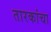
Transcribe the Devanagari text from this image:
तारकांचा